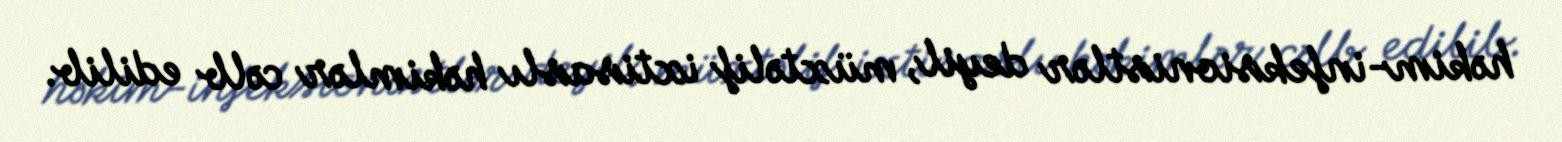
həkim-infeksionistlər deyil, müxtəlif ixtisaslı həkimlər cəlb edilib.